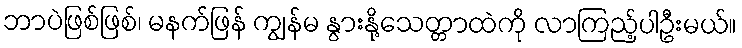
ဘာပဲဖြစ်ဖြစ်၊ မနက်ဖြန် ကျွန်မ နွားနို့သေတ္တာထဲကို လာကြည့်ပါဦးမယ်။